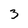
Character: 3